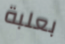
بعلبة